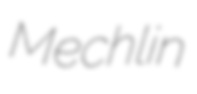
Mechlin